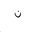
Letter: _non